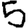
Digit: 5